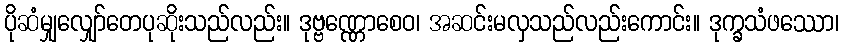
ပိုဆံမျှလျှော်တေပုဆိုးသည်လည်း။ ဒုဗ္ဗဏ္ဏောစေဝ၊ အဆင်းမလှသည်လည်းကောင်း။ ဒုက္ခသံဖဿော၊